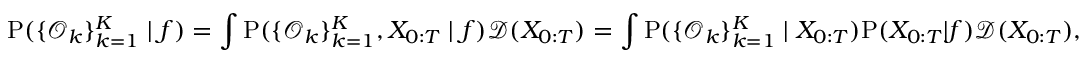
\small \mathrm { P } ( \{ \mathcal { O } _ { k } \} _ { k = 1 } ^ { K } \mid f ) = \int \mathrm { P } ( \{ \mathcal { O } _ { k } \} _ { k = 1 } ^ { K } , X _ { 0 : T } \mid f ) \mathcal { D } ( X _ { 0 : T } ) = \int \mathrm { P } ( \{ \mathcal { O } _ { k } \} _ { k = 1 } ^ { K } \mid X _ { 0 : T } ) \mathrm { P } ( X _ { 0 : T } | f ) \mathcal { D } ( X _ { 0 : T } ) ,